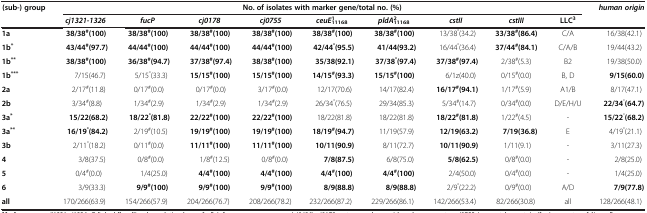
<table><thead><tr><td><b>(sub-) group</b></td><td colspan="9"><b>No. of isolates with marker gene/total no. (%)</b></td><td><b><i>human origin</i></b></td></tr><tr><td><b> </b></td><td><b><i>cj1321-1326</i></b></td><td><b><i>fucP</i></b></td><td><b><i>cj0178</i></b></td><td><b><i>cj0755</i></b></td><td><b><i>ceuE</i><sub>11168</sub><sup>1</sup></b></td><td><b><i>pldA</i><sub>11168</sub><sup>2</sup></b></td><td><b><i>cstII</i></b></td><td><b><i>cstIII</i></b></td><td><b>LLC<sup>3</sup></b></td><td><b> </b></td></tr></thead><tbody><tr><td><b>1a</b></td><td><b>38/38</b><sup><b>#</b></sup><b>(100)</b></td><td><b>38/38</b><sup><b>#</b></sup><b>(100)</b></td><td><b>38/38</b><sup><b>#</b></sup><b>(100)</b></td><td><b>38/38</b><sup><b>#</b></sup><b>(100)</b></td><td><b>38/38</b><sup><b>#</b></sup><b>(100)</b></td><td><b>38/38</b><sup><b>#</b></sup><b>(100)</b></td><td>13/38<sup>°</sup>(34.2)</td><td><b>33/38</b><sup><b>#</b></sup><b>(86.4)</b></td><td>C/A</td><td>16/38(42.1)</td></tr><tr><td><b>1b</b><sup><b>*</b></sup></td><td><b>43/44</b><sup><b>#</b></sup><b>(97.7)</b></td><td><b>44/44</b><sup><b>#</b></sup><b>(100)</b></td><td><b>44/44</b><sup><b>#</b></sup><b>(100)</b></td><td><b>44/44</b><sup><b>#</b></sup><b>(100)</b></td><td><b>42/44</b><sup><b>°</b></sup><b>(95.5)</b></td><td><b>41/44(93.2)</b></td><td>16/44<sup>°</sup>(36.4)</td><td><b>37/44</b><sup><b>#</b></sup><b>(84.1)</b></td><td>C/A/B</td><td>19/44(43.2)</td></tr><tr><td><b>1b</b><sup><b>**</b></sup></td><td><b>38/38</b><sup><b>#</b></sup><b>(100)</b></td><td><b>36/38</b><sup><b>#</b></sup><b>(94.7)</b></td><td><b>37/38</b><sup><b>#</b></sup><b>(97.4)</b></td><td><b>38/38</b><sup><b>#</b></sup><b>(100)</b></td><td><b>35/38(92.1)</b></td><td><b>37/38</b><sup><b>°</b></sup><b>(97.4)</b></td><td><b>37/38</b><sup><b>#</b></sup><b>(97.4)</b></td><td>2/38<sup>#</sup>(5.3)</td><td>B2</td><td>19/38(50.0)</td></tr><tr><td><b>1b</b><sup><b>***</b></sup></td><td>7/15(46.7)</td><td>5/15<sup>°</sup>(33.3)</td><td><b>15/15</b><sup><b>#</b></sup><b>(100)</b></td><td><b>15/15</b><sup><b>#</b></sup><b>(100)</b></td><td><b>14/15</b><sup><b>#</b></sup><b>(93.3)</b></td><td><b>15/15</b><sup><b>#</b></sup><b>(100)</b></td><td>6/1z(40.0)</td><td>0/15<sup>#</sup>(0.0)</td><td>B, D</td><td><b>9/15(60.0)</b></td></tr><tr><td><b>2a</b></td><td>2/17<sup>#</sup>(11.8)</td><td>0/17<sup>#</sup>(0.0)</td><td>0/17<sup>#</sup>(0.0)</td><td>3/17<sup>#</sup>(0.0)</td><td>12/17(70.6)</td><td>14/17(82.4)</td><td><b>16/17</b><sup><b>#</b></sup><b>(94.1)</b></td><td>1/17<sup>#</sup>(5.9)</td><td>A1/B</td><td>8/17(47.1)</td></tr><tr><td><b>2b</b></td><td>3/34<sup>#</sup>(8.8)</td><td>1/34<sup>#</sup>(2.9)</td><td>1/34<sup>#</sup>(2.9)</td><td>1/34<sup>#</sup>(2.9)</td><td>26/34<sup>°</sup>(76.5)</td><td>29/34(85.3)</td><td>5/34<sup>#</sup>(14.7)</td><td>0/34<sup>#</sup>(0.0)</td><td>D/E/H/U</td><td><b>22/34</b><sup>°</sup><b>(64.7)</b></td></tr><tr><td><b>3a</b><sup><b>*</b></sup></td><td><b>15/22(68.2)</b></td><td><b>18/22</b><sup><b>°</b></sup><b>(81.8)</b></td><td><b>22/22</b><sup><b>#</b></sup><b>(100)</b></td><td><b>22/22</b><sup><b>#</b></sup><b>(100)</b></td><td>18/22(81.8)</td><td>18/22(81.8)</td><td><b>18/22</b><sup><b>#</b></sup><b>(81.8)</b></td><td>1/22<sup>#</sup>(4.5)</td><td>-</td><td><b>15/22</b><sup>°</sup><b>(68.2)</b></td></tr><tr><td><b>3a</b><sup><b>**</b></sup></td><td><b>16/19</b><sup><b>°</b></sup><b>(84.2)</b></td><td>2/19<sup>#</sup>(10.5)</td><td><b>19/19</b><sup><b>#</b></sup><b>(100)</b></td><td><b>19/19</b><sup><b>#</b></sup><b>(100)</b></td><td><b>18/19</b><sup><b>#</b></sup><b>(94.7)</b></td><td>11/19(57.9)</td><td><b>12/19(63.2)</b></td><td><b>7/19(36.8)</b></td><td>E</td><td>4/19<sup>°</sup>(21.1)</td></tr><tr><td><b>3b</b></td><td>2/11<sup>°</sup>(18.2)</td><td>0/11<sup>#</sup>(0.0)</td><td><b>11/11</b><sup><b>#</b></sup><b>(100)</b></td><td><b>11/11</b><sup><b>#</b></sup><b>(100)</b></td><td><b>10/11(90.9)</b></td><td>8/11(72.7)</td><td><b>10/11(90.9)</b></td><td>1/11(9.1)</td><td>-</td><td>3/11(27.3)</td></tr><tr><td><b>4</b></td><td>3/8(37.5)</td><td>0/8<sup>#</sup>(0.0)</td><td>1/8<sup>#</sup>(12.5)</td><td>0/8<sup>#</sup>(0.0)</td><td><b>7/8(87.5)</b></td><td>6/8(75.0)</td><td><b>5/8(62.5)</b></td><td>0/8<sup>#</sup>(0.0)</td><td>-</td><td>2/8(25.0)</td></tr><tr><td><b>5</b></td><td>0/4<sup>#</sup>(0.0)</td><td>1/4(25.0)</td><td><b>4/4</b><sup><b>#</b></sup><b>(100)</b></td><td><b>4/4</b><sup><b>#</b></sup><b>(100)</b></td><td><b>4/4</b><sup><b>#</b></sup><b>(100)</b></td><td><b>4/4</b><sup><b>#</b></sup><b>(100)</b></td><td>2/4(50.0)</td><td>0/4<sup>#</sup>(0.0)</td><td>-</td><td>1/4(25.0)</td></tr><tr><td><b>6</b></td><td>3/9(33.3)</td><td><b>9/9</b><sup><b>#</b></sup><b>(100)</b></td><td><b>9/9</b><sup><b>#</b></sup><b>(100)</b></td><td><b>9/9</b><sup><b>#</b></sup><b>(100)</b></td><td><b>8/9(88.8)</b></td><td><b>8/9(88.8)</b></td><td>2/9<sup>°</sup>(22.2)</td><td>0/9<sup>#</sup>(0.0)</td><td>A/D</td><td><b>7/9(77.8)</b></td></tr><tr><td><b>all</b></td><td>170/266(63.9)</td><td>154/266(57.9)</td><td>204/266(76.7)</td><td>208/266(78.2)</td><td>232/266(87.2)</td><td>229/266(86.1)</td><td>142/266(53.4)</td><td>82/266(30.8)</td><td>all</td><td>128/266(48.1)</td></tr></tbody></table>